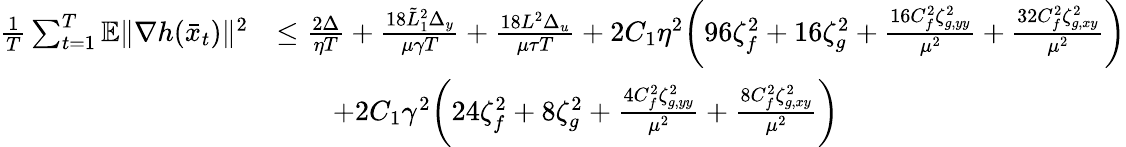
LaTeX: \begin{array}{rl}{\frac{1}{T}\sum_{t=1}^{T}\mathbb{E}\| \nabla h(\bar{x}_{t})\| ^{2}}&{\leq\frac{2\Delta}{\eta T}+\frac{18\tilde{L}_{1}^{2}\Delta_{y}}{\mu\gamma T}+\frac{18L^{2}\Delta_{u}}{\mu\tau T}+2C_{1}\eta^{2}\bigg(96\zeta_{f}^{2}+16\zeta_{g}^{2}+\frac{16C_{f}^{2}\zeta_{g,yy}^{2}}{\mu^{2}}+\frac{32C_{f}^{2}\zeta_{g,xy}^{2}}{\mu^{2}}\bigg)}\\ &{\qquad+2C_{1}\gamma^{2}\bigg(24\zeta_{f}^{2}+8\zeta_{g}^{2}+\frac{4C_{f}^{2}\zeta_{g,yy}^{2}}{\mu^{2}}+\frac{8C_{f}^{2}\zeta_{g,xy}^{2}}{\mu^{2}}\bigg)}\end{array}